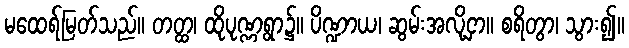
မထေရ်မြတ်သည်။ တတ္ထ၊ ထိုပုဏ္ဏရွာ၌။ ပိဏ္ဍာယ၊ ဆွမ်းအလို့ငှာ။ စရိတွာ၊ သွား၍။